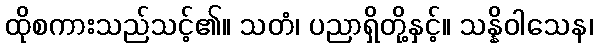
ထိုစကားသည်သင့်၏။ သတံ၊ ပညာရှိတို့နှင့်။ သန္နိဝါသေန၊